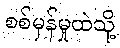
စစ်မှန်မှုထဲသို့